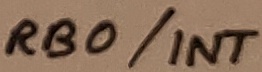
Text: RB0/INT